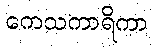
ကေသကာရိကာ